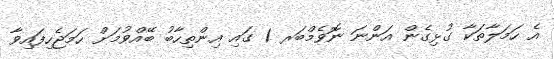
އެ ހަމަލާތަކާ ގުޅިގެން އަންނަ ނޮވެމްބަރ 1 ގައި އިންތިހާބު ބޭއްވުމަށް ހަމަޖެހިފައިވާ